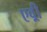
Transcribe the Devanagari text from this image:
एव़्री